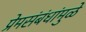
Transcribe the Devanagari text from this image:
प्रेमसंबंधांमुळे